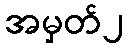
အမှတ်၂